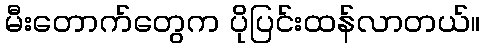
မီးတောက်တွေက ပိုပြင်းထန်လာတယ်။